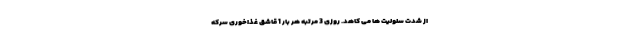
از شدت سلولیت ها می کاهد. روزی 3 مرتبه هر بار 1 قاشق غذاخوری سرکه